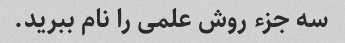
سه جزء روش علمی را نام ببرید.